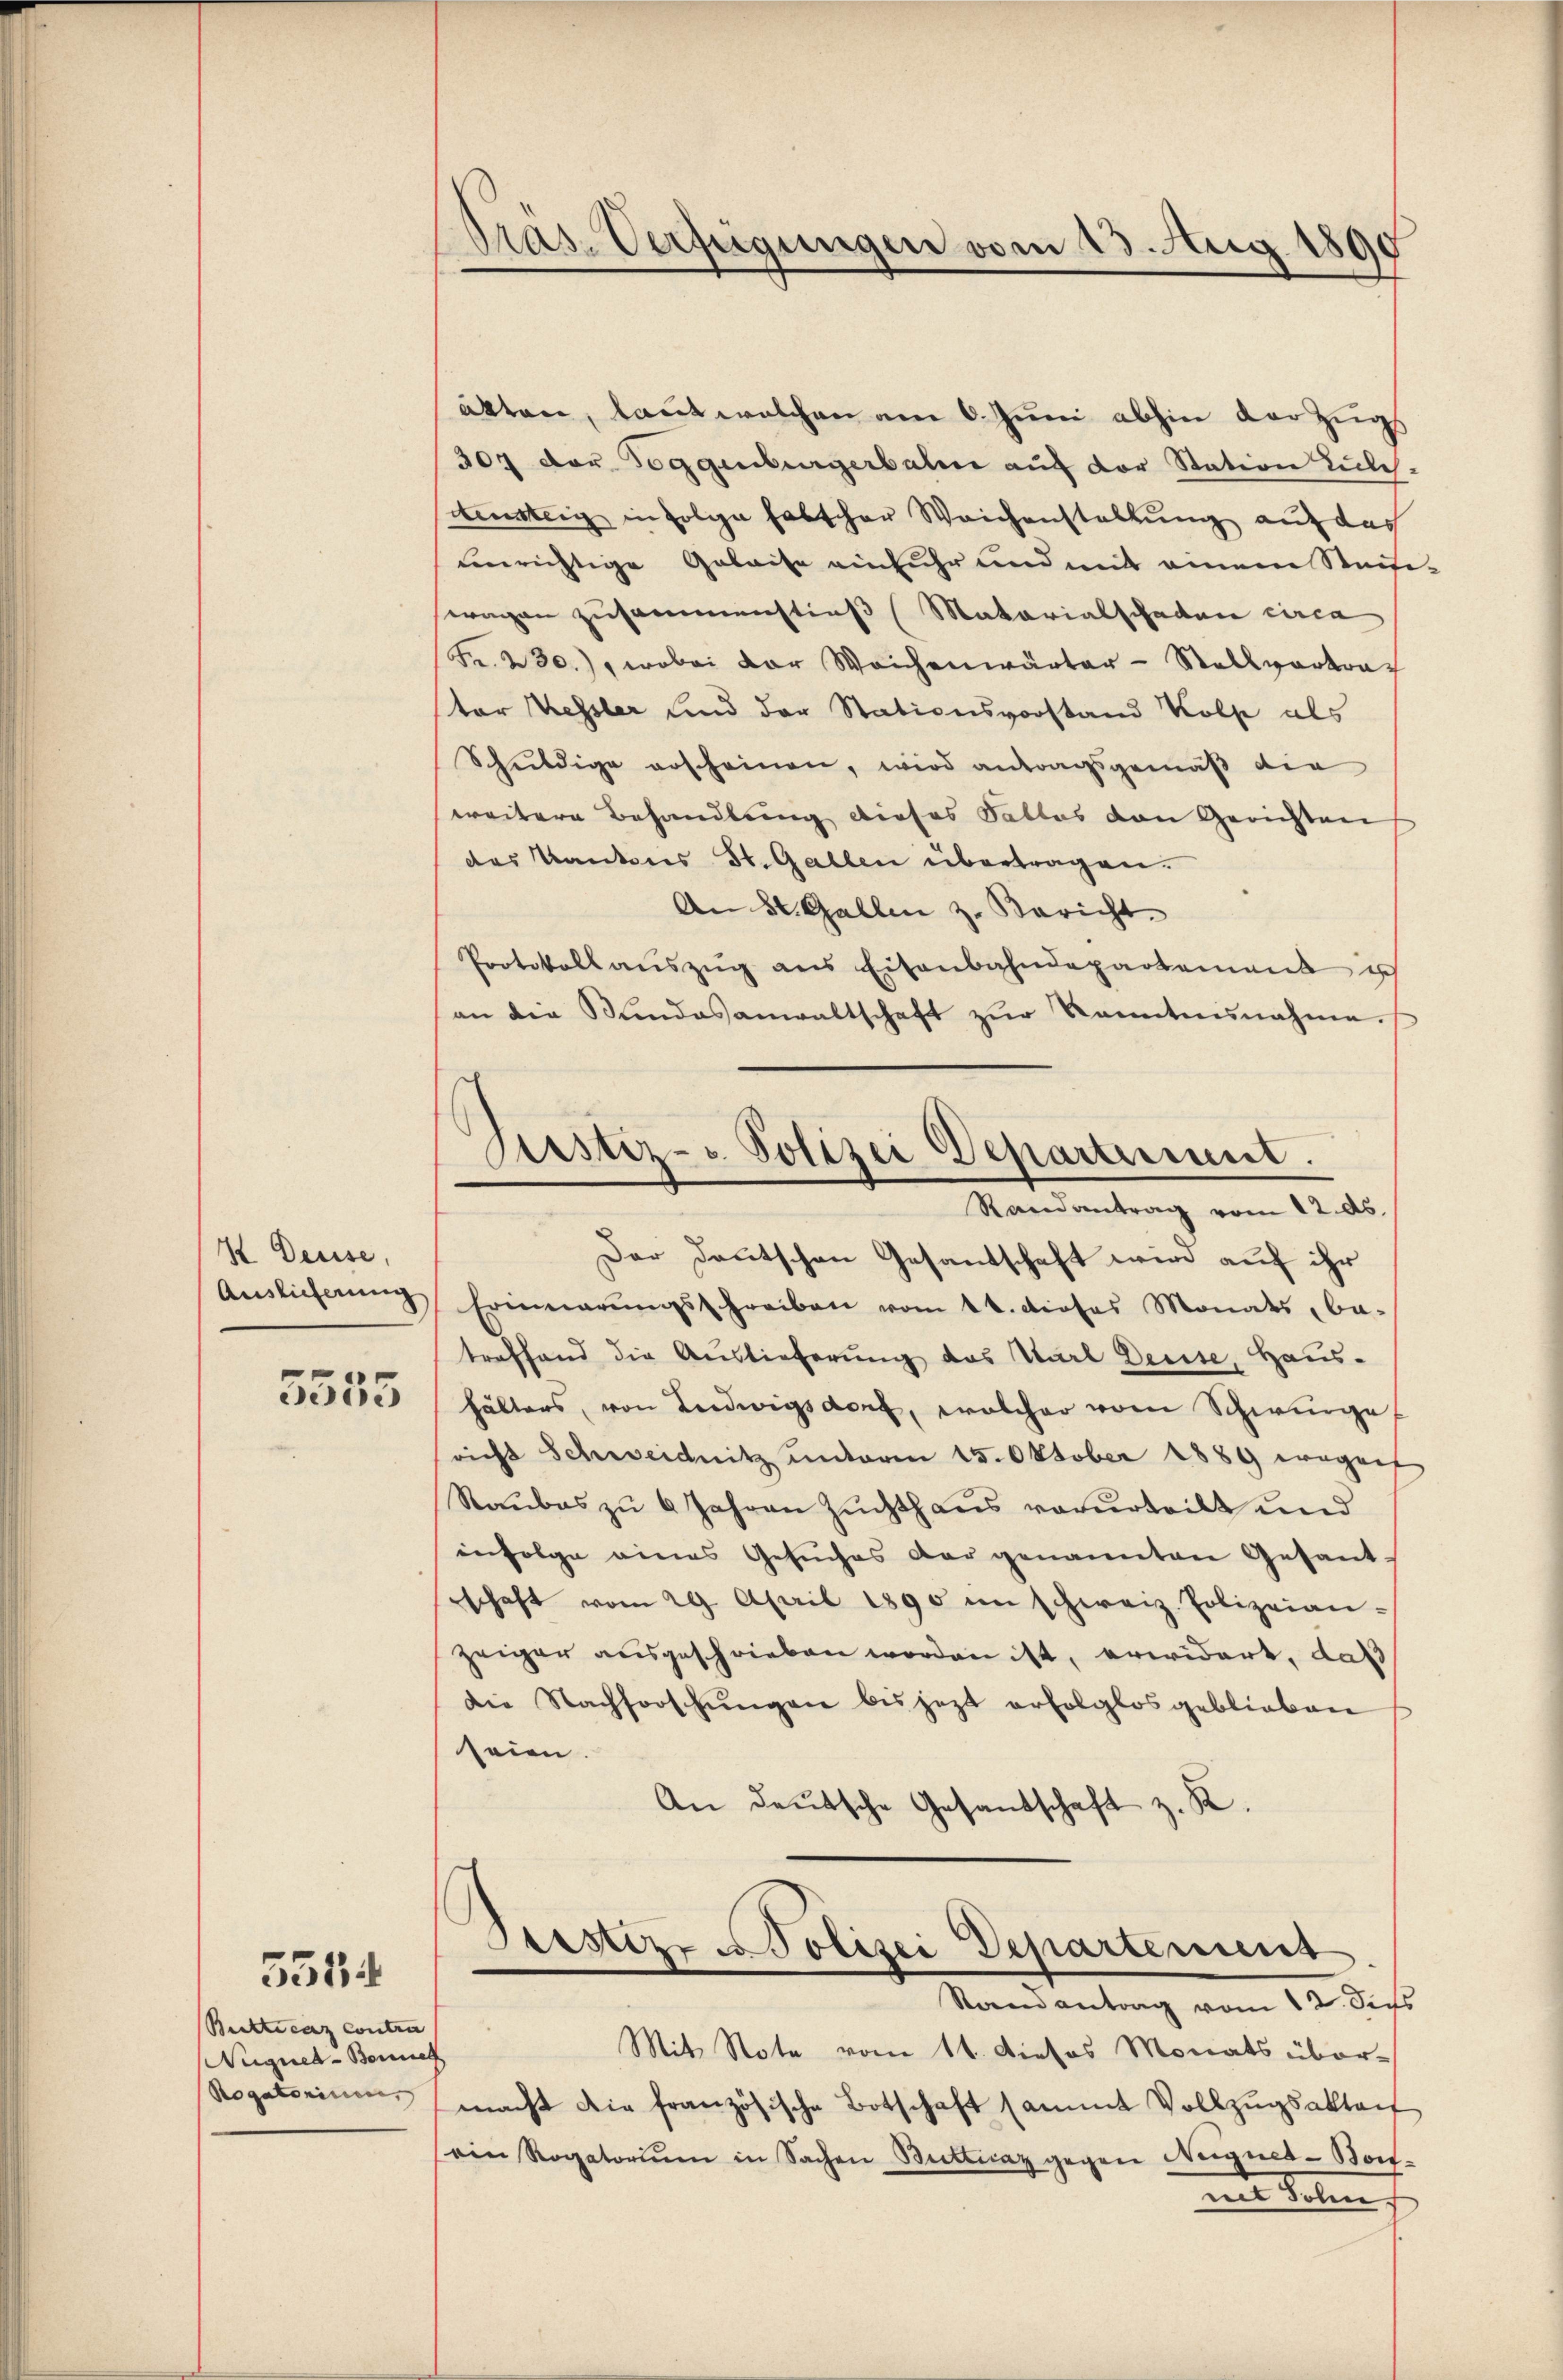
I Deuse,
Auslieferung
5555

Buckticaz contra
Negnet - Benne
Rogatorium

5514

Pras-Verfügungen vom 13. Aug. 1890

akten, laut welchen am 6. Juni abhin der Zugs
307 der Toggenburgerbalen auf der Station Kulch
densteig in folge falscher Weichenstaltung auf dach
unrichtige Gebaise einfuhr und mit einem Stauf
wagen zusammenstieß (Matarialschaden circa
Fr. 230.), wobei der Weichenwärter-Stellvertrag
tor Kessler und der Stationsvorstand Kolle als
Schuldige erscheinen, wird antragsgemäß die
weitere Behandlung dieses Salles den Gerichten
des Kantons St. Gallen übertragen.
An St. Gallen z. Bericht.
Protokoll aŭszŭg ans Eisenbahndepartement u
an die Bundesanwaltschaft zŭr Kenntnisnahme.
Erinnerŭngsschreiben vom 14. dieses Monats, be-
treffend die Auslieferung des Karl Deuse, Haus-
hälters, von Ludwigsdorf, welcher vom Schwurge
richt Schweidnitz unterm 15. Oktober 1889 wegnet
Raubes zu 6 Jahren Zuchthaus verurteilt und
infolge eines Gesuches der genannten Gesant-
schaft vom 29. April 1890 im schweiz. Polizeian-
zeiger ausgeschrieben worden ist, erwidert, daß
die Nachforschŭngen bis jezt erfolglos geblieben
seien.
An deutsche Gesandschaft z. K.
Prestiz- Polizei Departement
Randantrag vom 12. der
Mit Note vom 11. Dieses Monats übermacht die französische Botschaft sammt Vollzŭgsaktait
ein Rogatorium in Sachen Butticaz gegen Neignet-Bonmit deren

Justiz- Polizei Departement.
Randantrag vom 12. ds.
Der Deutschen Gesandschaft wird auf ihr